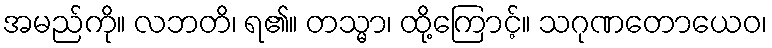
အမည်ကို။ လဘတိ၊ ရ၏။ တသ္မာ၊ ထို့ကြောင့်။ သဂုဏတောယေဝ၊